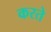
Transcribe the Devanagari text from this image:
करते